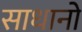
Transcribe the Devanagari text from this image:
साधानो